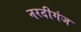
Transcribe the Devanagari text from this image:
नरदीगंज